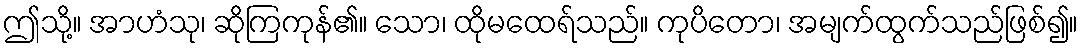
ဤသို့။ အာဟံသု၊ ဆိုကြကုန်၏။ သော၊ ထိုမထေရ်သည်။ ကုပိတော၊ အမျက်ထွက်သည်ဖြစ်၍။